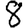
Digit: 8